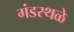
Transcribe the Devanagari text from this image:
गंडस्थळे